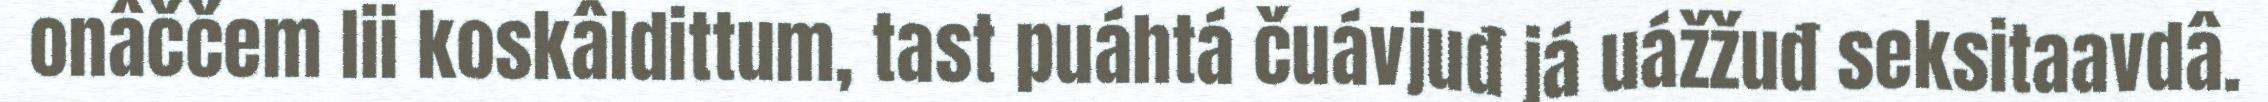
onâččem lii koskâldittum, tast puáhtá čuávjuđ já uážžuđ seksitaavdâ.